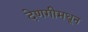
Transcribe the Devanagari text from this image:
देणगीमधून